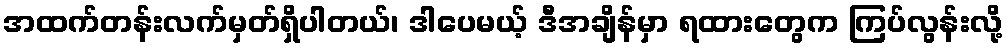
အထက်တန်းလက်မှတ်ရှိပါတယ်၊ ဒါပေမယ့် ဒီအချိန်မှာ ရထားတွေက ကြပ်လွန်းလို့